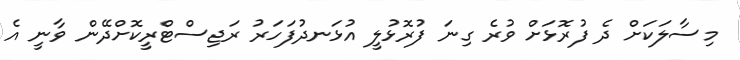
މިސާލަކަށް ދެ ފުރޮޅަށް ވުރެ ގިނަ ފުރޮޅުލީ އުޅަނދުފަހަރު ރަޖިސްޓްރީކޮށްދޭން ވާނީ އެ